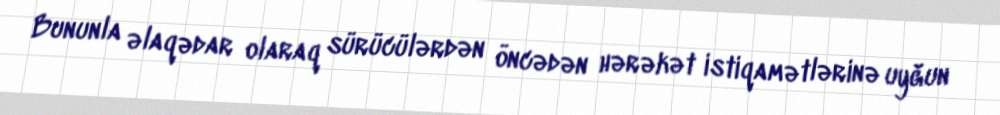
Bununla əlaqədar olaraq sürücülərdən öncədən hərəkət istiqamətlərinə uyğun